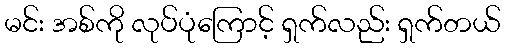
မင်း အစ်ကို လုပ်ပုံကြောင့် ရှက်လည်း ရှက်တယ်